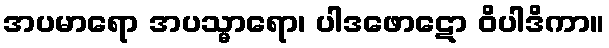
အပမာရော အပသ္မာရော၊ ပါဒဖောဋော ဝိပါဒိကာ။